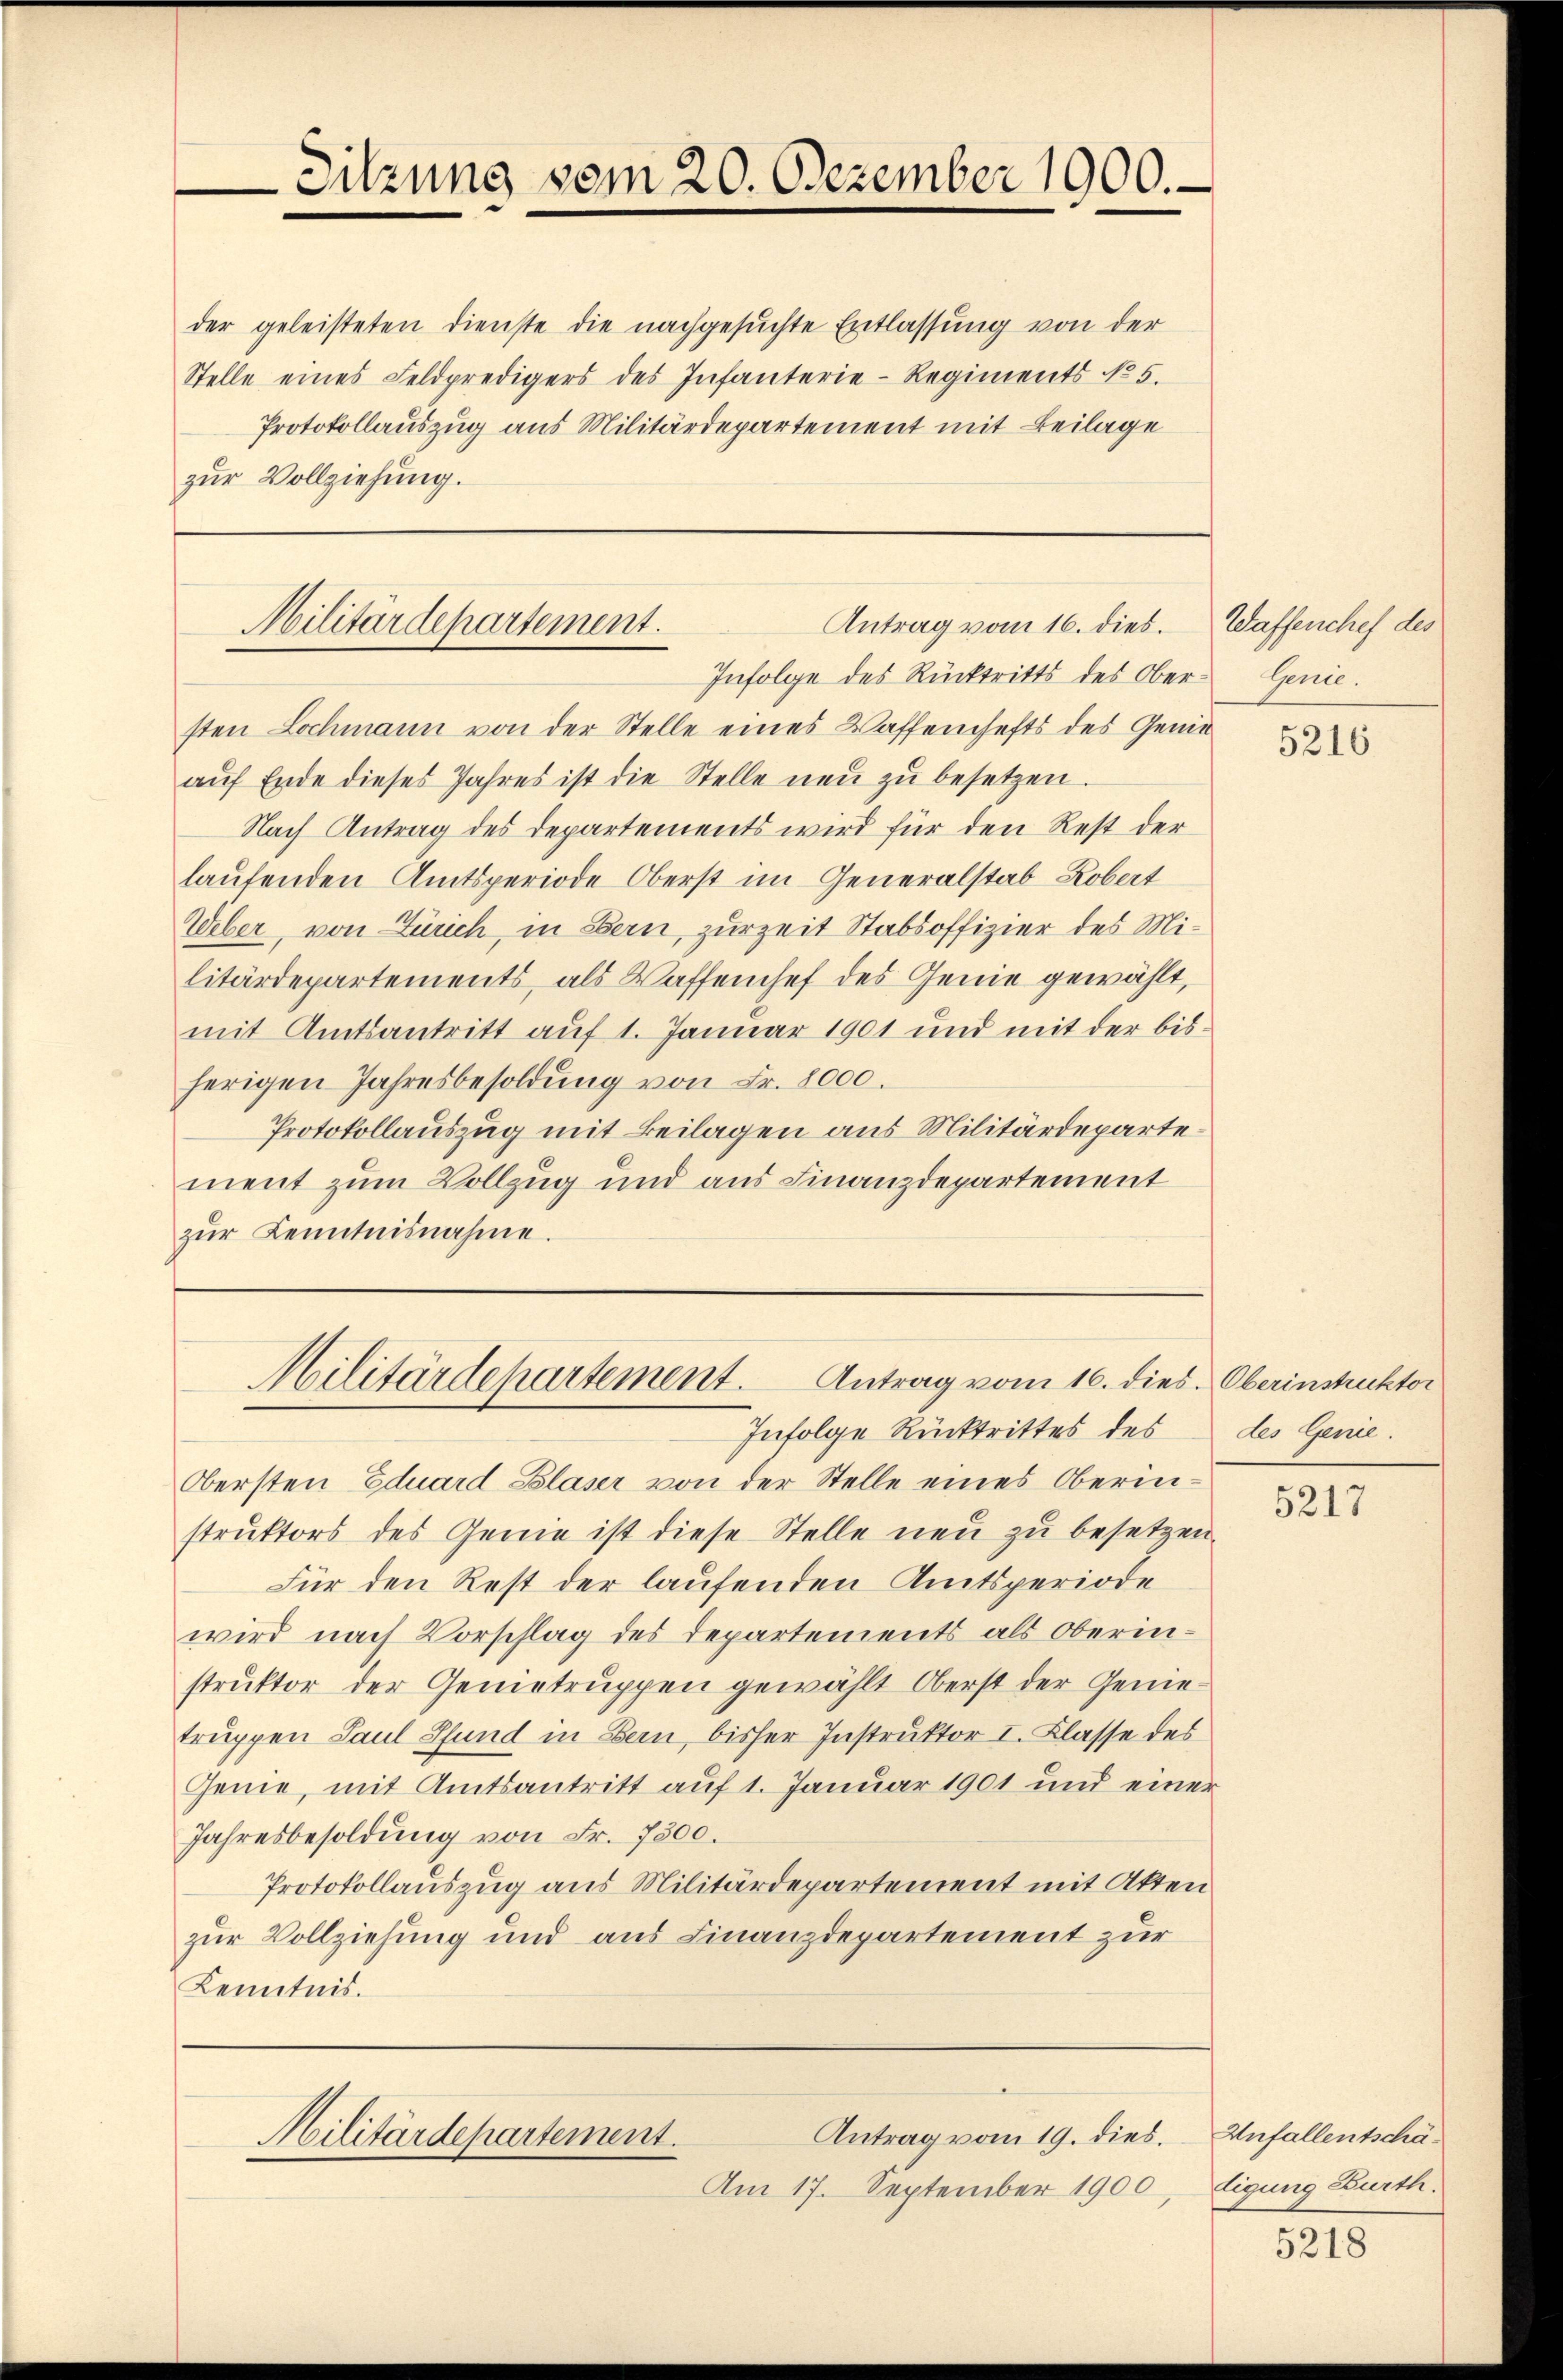
-Sitzung vom 20. Dezember 1900.

Stelle eines Feldpredigers des Infanterie-Regiments No 5.
Protokollauszug aus Militärdepartement mit Beilage
zur Vollziehung.

der geleisteten Dienste die nachgesuchte Entlassung von der

Antrag vom 16. dies. Waffenchef des
Militärdepartement.
Infolge des Rücktritts des Ober- Genie.

sten Lochmann von der Stelle eines Waffenhefts des Genie
aŭf Ende dieses Jahres ist die Stelle neŭ zŭ besetzen.
Nach Antrag des Departements wird für den Rest der
laufenden Amtsperiode Oberst im Generalstab Robert
Weber, von Zürich, in Bern, zurzeit Stabsoffizier des Militärdepartements, als Waffenhef des Genie gewählt,
mit Amtsantritt auf 1. Januar 1901 und mit der bisherigen Jahresbesoldung von Fr. 8000.
Protokollauszug mit Beilagen aus Militärdepartement zum Vollzug und aus Finanzdepartement
zŭr Kenntnisnahme.

Infolge Rücktrittes des
Obersten Eduard Blaser von der Stelle eines Oberinstruktors des Genie ist diese Stelle neu zu besetzen.
Für den Rest der laufenden Amtsperiode
wird nach Vorschlag des Departements als Oberinstruktor der Gemetruppen gewählt Oberst der Genietruppen Paul Pfund in Bern, bisher Instruktor I. Klasse des
Genie, mit Amtsantritt auf 1. Januar 1901 und einer
Jahresbesoldung von Fr. 7300.
Protokollauszug aus Militärdepartement mit Akten
zur Vollziehung und aus Finanzdepartement zur
Kenntnis.

Militärdepartement. Antrag vom 16. dies. Oberinstruktor

Am 17. September 1900,

Antrag vom 19. dies.
Militärdepartement.

5216

des Genie.

5217

Unfallentschädigung Burth.

5218